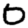
Digit: 0